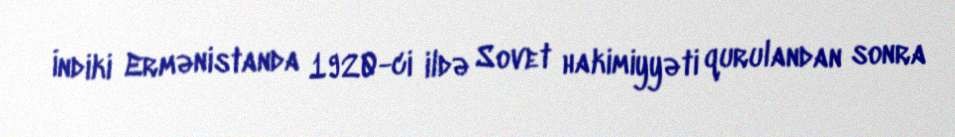
İndiki Ermənistanda 1920-ci ildə Sovet hakimiyyəti qurulandan sonra